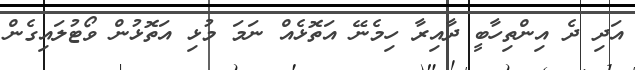
އަދި ދެ އިންތިހާބީ ދާއިރާ ހިމެނޭ އަތޮޅެއް ނަމަ މުޅި އަތޮޅުން ވޯޓުލައިގެން